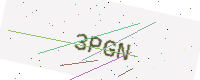
Text: 3PGN